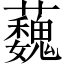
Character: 蘶